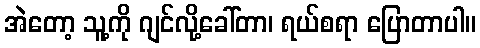
အဲတော့ သူ့ကို ဂျင်လို့ခေါ်တာ၊ ရယ်စရာ ပြောတာပါ။